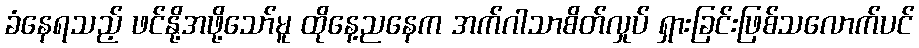
ခံနေရသည့် ဖင်နို့အဖို့သော်မူ ထိုနေ့ညနေက အက်ဂါသာစိတ်လှုပ် ရှားခြင်းဖြစ်သလောက်ပင်